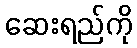
ဆေးရည်ကို